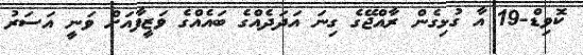
ކޮވިޑް-19 އާ ގުޅިގެން ރާއްޖޭގެ ގިނަ އަދަދެއްގެ ބައެއްގެ ވަޒީފާއަށް ވަނީ އަސަރު